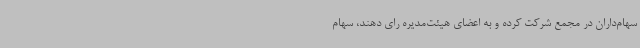
سهام‌داران در مجمع شرکت کرده و به اعضای هیئت‌مدیره رای دهند، سهام